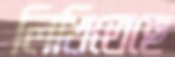
লিখিতেছে